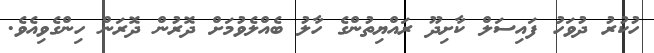
ހުކުރު ދުވަހު ފައިސަލް ކާށިދޫ ރައްޔިތުންގެ ހާލު ބެއްލެވުމަށް ދޮރުން ދޮރަން ހިންގެވިއެވެ.